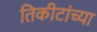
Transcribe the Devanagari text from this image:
तिकीटांच्या